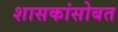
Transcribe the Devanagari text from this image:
शासकांसोबत